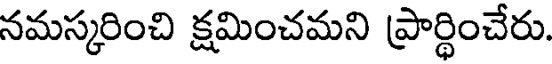
నమస్కరించి క్షమించమని ప్రార్థించేరు.